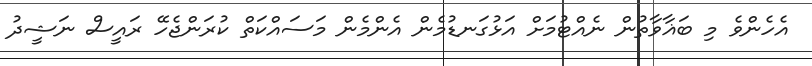
އެހެންވެ މި ބަޣާވާތުން ނެއްޓުމަށް އަޅުގަނޑުމެން އެންމެން މަސައްކަތް ކުރަންޖެހޭ ރައީސް ނަޝީދު